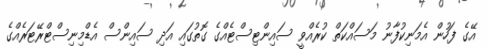
އޭގެ ފަހުން އެމަނިކުފާނު މަސައްކަތް ކުރެއްވީ ސައިންޓިސްޓެއްގެ ގޮތުގައި އަދި ސައިންސް އެޑްމިނިސްޓްރޭޓަރެއްގެ